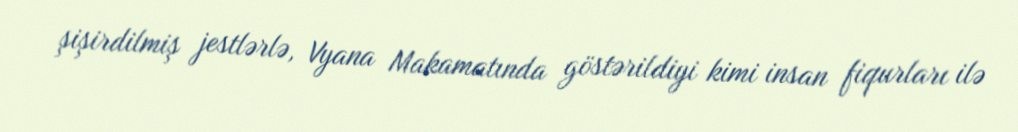
şişirdilmiş jestlərlə, Vyana Makamatında göstərildiyi kimi insan fiqurları ilə